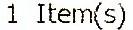
1 ITEM(S)